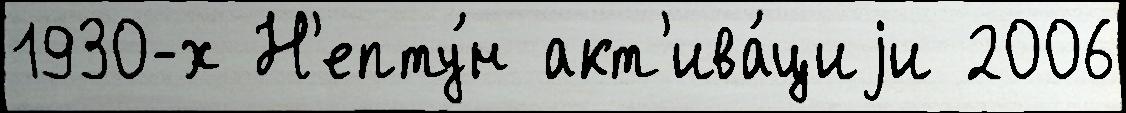
1930-х Н'епту́н акт'ива́циjи 2006